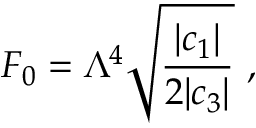
F _ { 0 } = \Lambda ^ { 4 } \sqrt { \frac { | c _ { 1 } | } { 2 | c _ { 3 } | } } \ ,